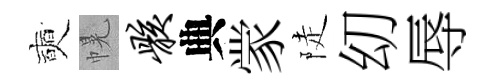
奭幌骸典䝉陡㓜辱